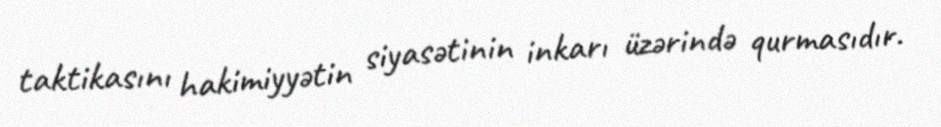
taktikasını hakimiyyətin siyasətinin inkarı üzərində qurmasıdır.